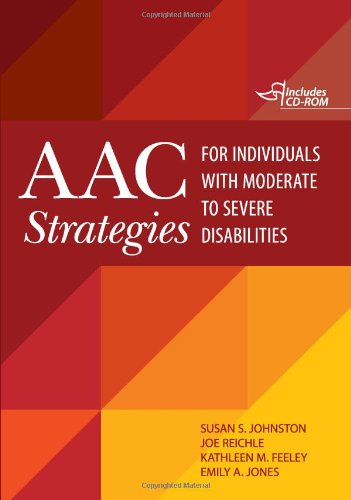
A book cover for AAC Strategies for Individuals with Moderate to Severe Disabilities; Susan Johnston Ph.D.; Medical Books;